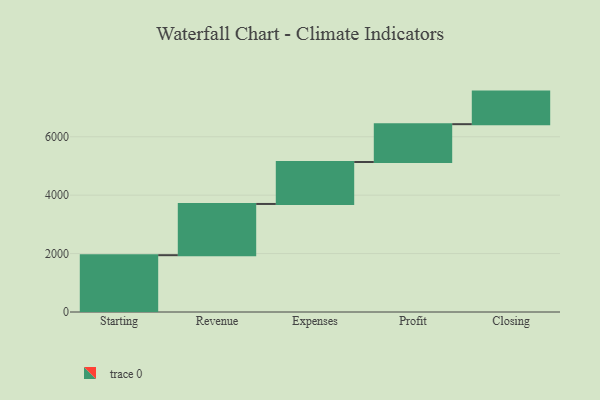
{"axis": {"x": "Step", "y": "Value"}, "legend": [""], "data": [{"x": "Starting", "y": 1945.0, "type": ""}, {"x": "Revenue", "y": 1754.0, "type": ""}, {"x": "Expenses", "y": 1436.0, "type": ""}, {"x": "Profit", "y": 1296.0, "type": ""}, {"x": "Closing", "y": 1115.0, "type": ""}]}